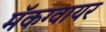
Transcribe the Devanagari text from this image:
मॅकग्वायर